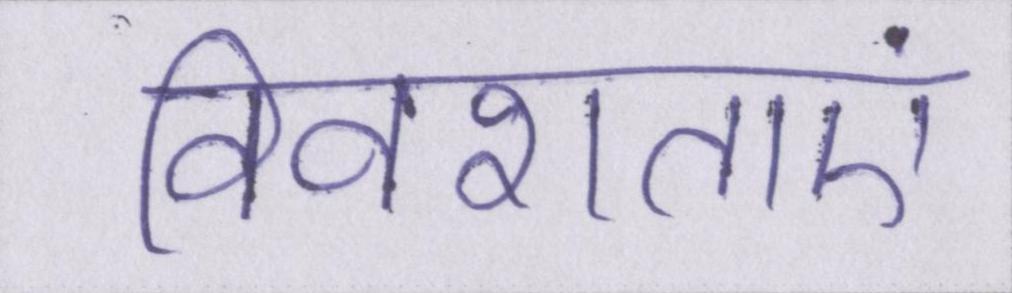
विवशताएं